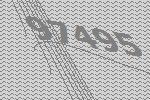
97495